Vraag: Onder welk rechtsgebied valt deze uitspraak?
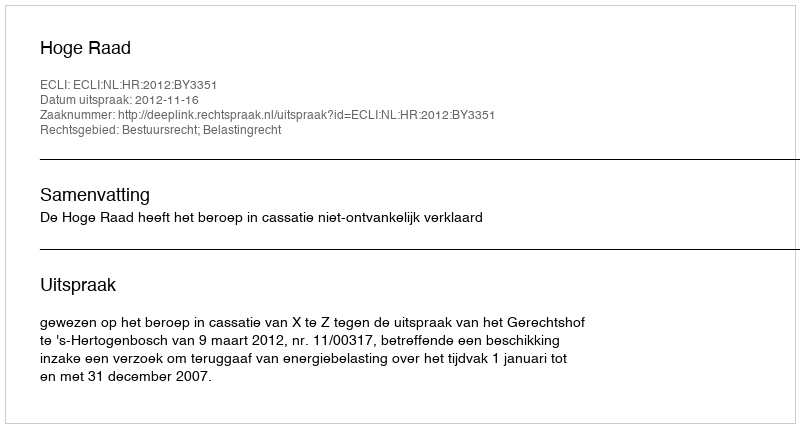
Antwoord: Bestuursrecht; Belastingrecht